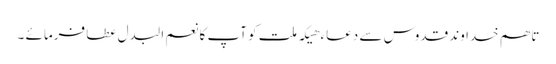
تاھم خدا وند قدوس سے دعاء ھیکہ ملت کو آپ کا نعم البدل عطا فرمائے ۔